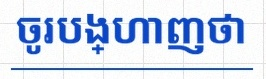
ចូរបង្ហាញថា